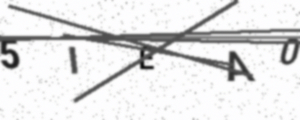
Text: 5IEA0